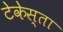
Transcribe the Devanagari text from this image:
टेकेस्ता